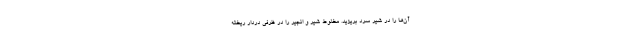
آن‌ها را در شیر سرد بریزید. مخلوط شیر و انجیر را در ظرفی دردار ریخته